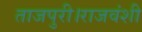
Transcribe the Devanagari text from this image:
ताजपुरी।राजवंशी